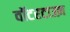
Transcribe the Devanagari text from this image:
वॉटरटाउऩ